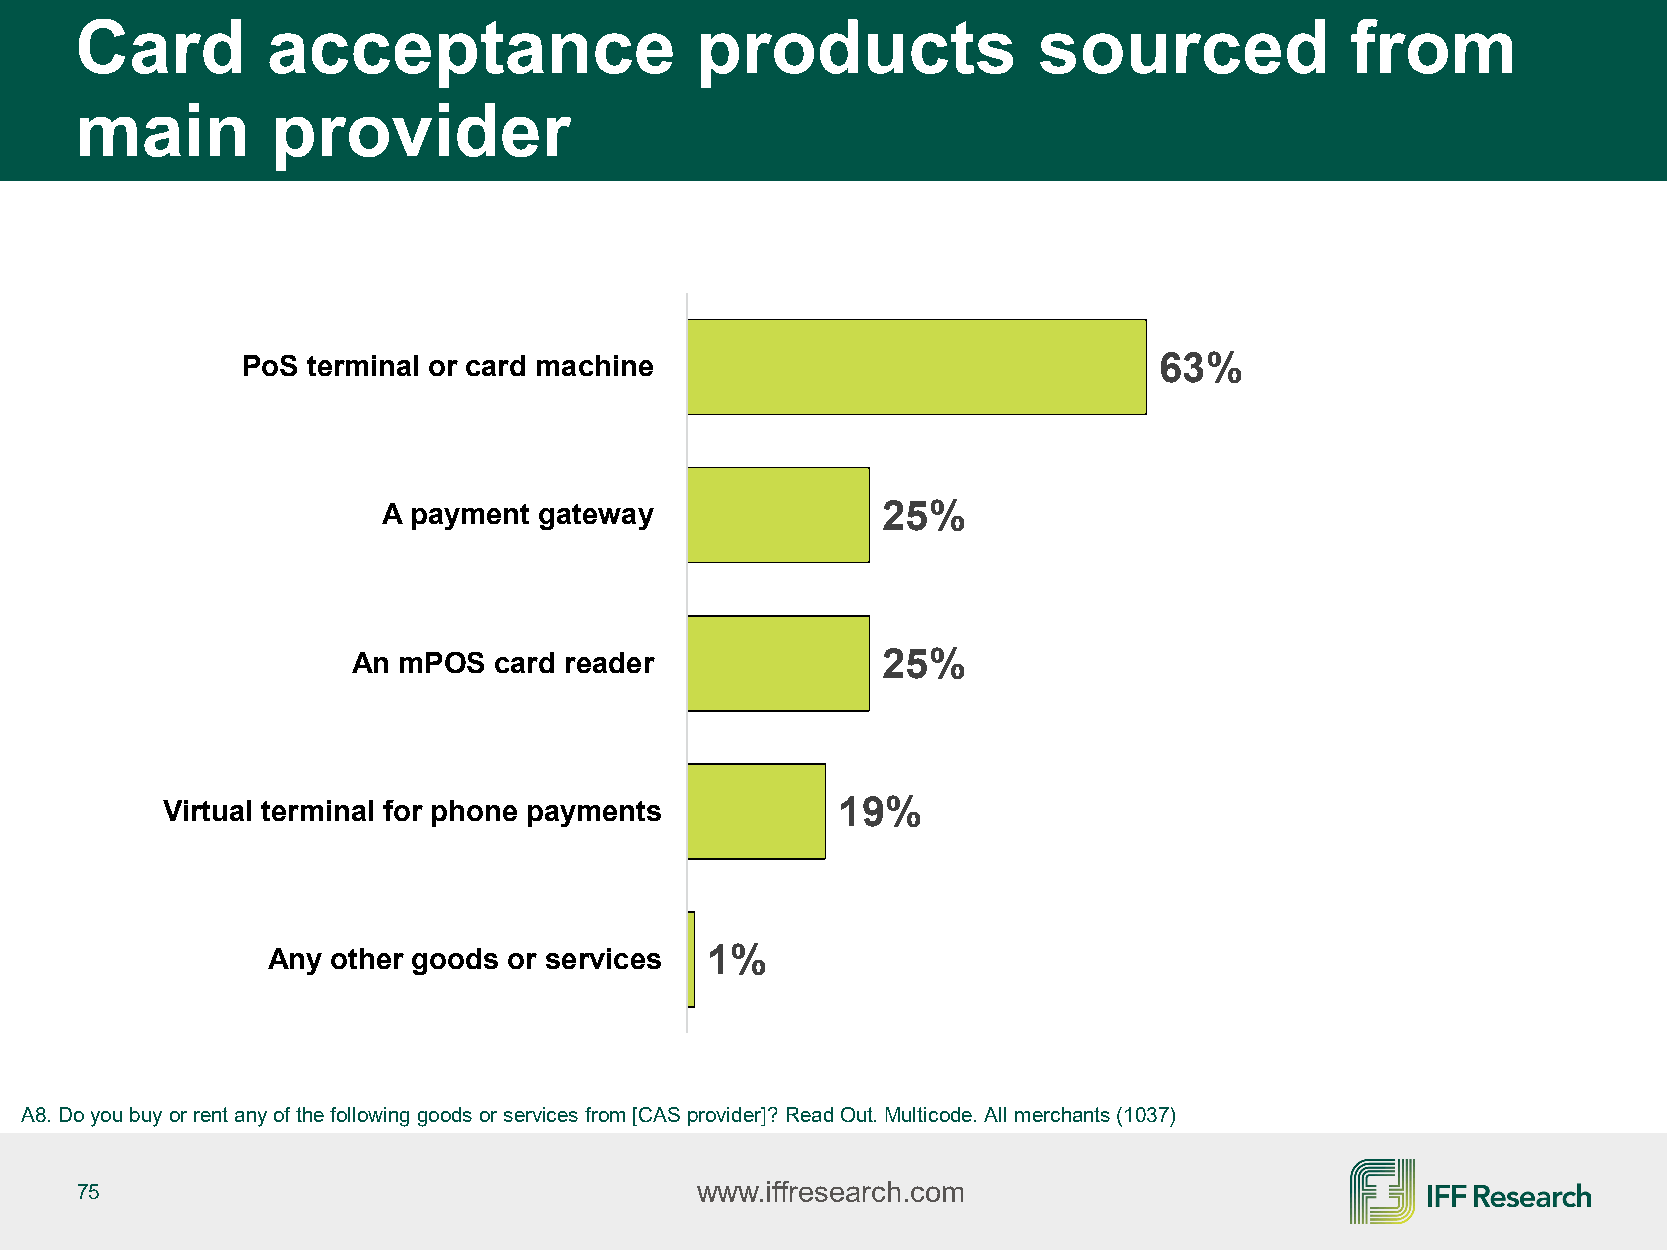
Card         acceptance                  products               sourced             from
 main         provider
 PoS terminal or card machine                                 63%
 A payment  gateway               25%
 An mPOS   card reader              25%
 Virtual terminal for phone payments         19%
 Any other goods or services  1%
 A8. Do you buy or rent any of the following goods or services from [CAS provider]? Read Out. Multicode. All merchants (1037)
 75                                       www.iffresearch.com